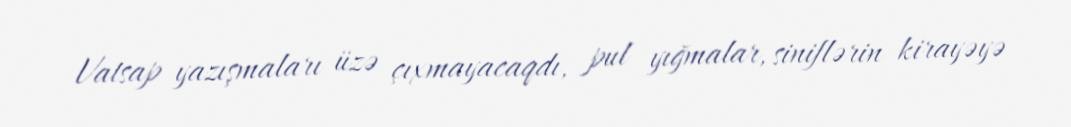
Vatsap yazışmaları üzə çıxmayacaqdı, pul yığmalar, siniflərin kirayəyə